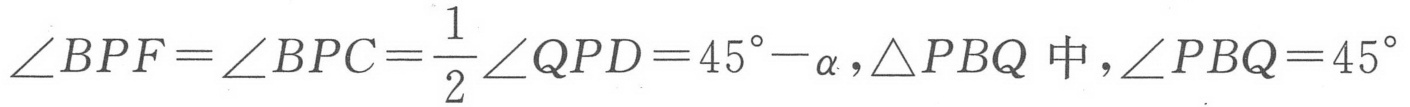
\(\angle BPF=\angle BPC=\frac{1}{2}\angle QPD = 45^{\circ}-\alpha,\triangle PBQ\text{ 中},\angle PBQ = 45^{\circ}\)